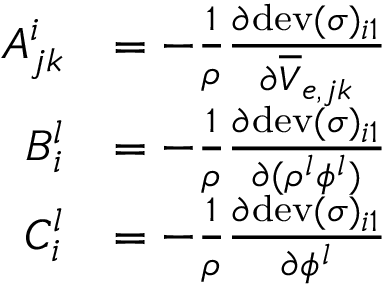
\begin{array} { r l } { A _ { j k } ^ { i } } & { = - \frac { 1 } { \rho } \frac { \partial \mathrm { d e v } ( \boldsymbol \sigma ) _ { i 1 } } { \partial \overline { { V } } _ { e , j k } } } \\ { B _ { i } ^ { l } } & { = - \frac { 1 } { \rho } \frac { \partial \mathrm { d e v } ( \boldsymbol \sigma ) _ { i 1 } } { \partial ( \rho ^ { l } \phi ^ { l } ) } } \\ { C _ { i } ^ { l } } & { = - \frac { 1 } { \rho } \frac { \partial \mathrm { d e v } ( \boldsymbol \sigma ) _ { i 1 } } { \partial \phi ^ { l } } } \end{array}